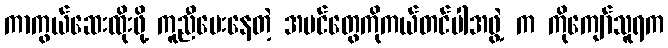
ကာကွယ်ဆေးထိုးဖို့ ကူညီပေးနေတဲ့ အပင်တွေကိုကယ်တင်ပါအဖွဲ့ က ကိုကျော်သူရက